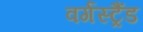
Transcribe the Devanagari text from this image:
वर्गस्ट्रैंड